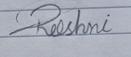
Signature authenticity: forged